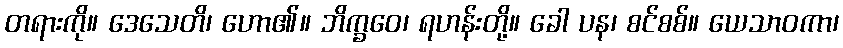
တရားကို။ ဒေသေတိ၊ ဟော၏။ ဘိက္ခဝေ၊ ရဟန်းတို့။ ခေါ ပန၊ စင်စစ်။ ယေသာဝကာ၊